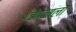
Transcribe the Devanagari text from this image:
अचेतनाला